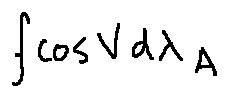
\int \cos V d \lambda _ { A }